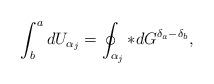
LaTeX: \begin{align*}\int_b^a dU_{\alpha_j}=\oint_{\alpha_j} *dG^{\delta_a-\delta_b},\end{align*}